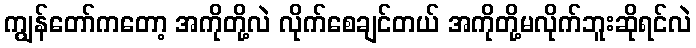
ကျွန်တော်ကတော့ အကိုတို့လဲ လိုက်စေချင်တယ် အကိုတို့မလိုက်ဘူးဆိုရင်လဲ